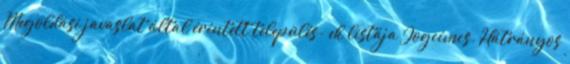
Megoldási javaslat által érintett település- ek listája Jogcímcs. Hátrányos